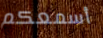
أسمعكم